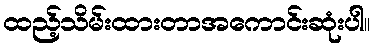
ထည့်သိမ်းထားတာအကောင်းဆုံးပါ။